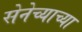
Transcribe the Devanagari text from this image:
सेनेच्याच्या